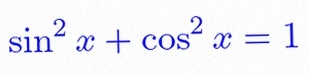
\sin^2x+\cos^2x=1